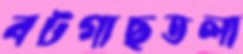
বটগাছতলা